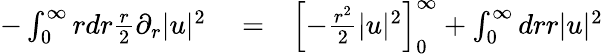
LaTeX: \begin{array}{rlr}{-\int_{0}^{\infty}rdr\frac{r}{2}\partial_{r}|u|^{2}}&{{}=}&{\left[-\frac{r^{2}}{2}|u|^{2}\right]_{0}^{\infty}+\int_{0}^{\infty}drr|u|^{2}}\end{array}